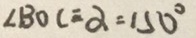
\angle B O C = \alpha = 1 5 0 ^ { \circ }